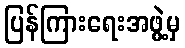
ပြန်ကြားရေးအဖွဲ့မှ